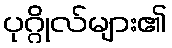
ပုဂ္ဂိုလ်များ၏